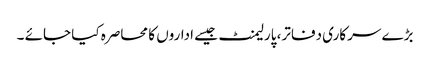
بڑے سرکاری دفاتر، پارلیمنٹ جیسے اداروں کا محاصرہ کیا جائے ۔